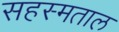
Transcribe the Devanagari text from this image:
सहस्मताल